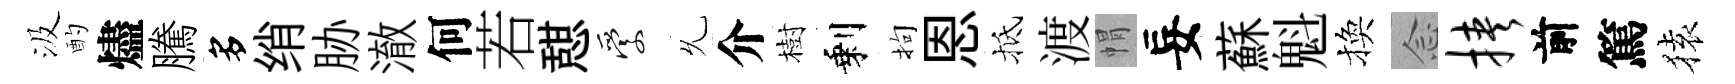
汲酌燼騰多绡胁澈何若憇愛𠃔介樹剩拘恩抵渡㡌妄蘇魁換𫝹挟前篤𫞤